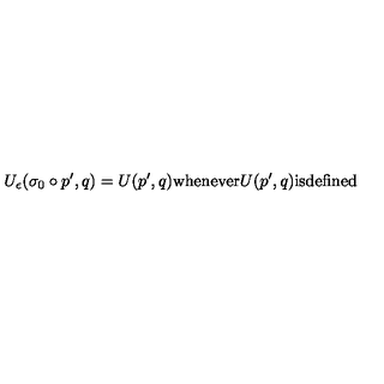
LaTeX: U _ { \epsilon } ( \sigma _ { 0 } \circ p ^ { \prime } , q ) = U ( p ^ { \prime } , q ) \mathrm { w h e n e v e r } U ( p ^ { \prime } , q ) \mathrm { i s d e f i n e d }